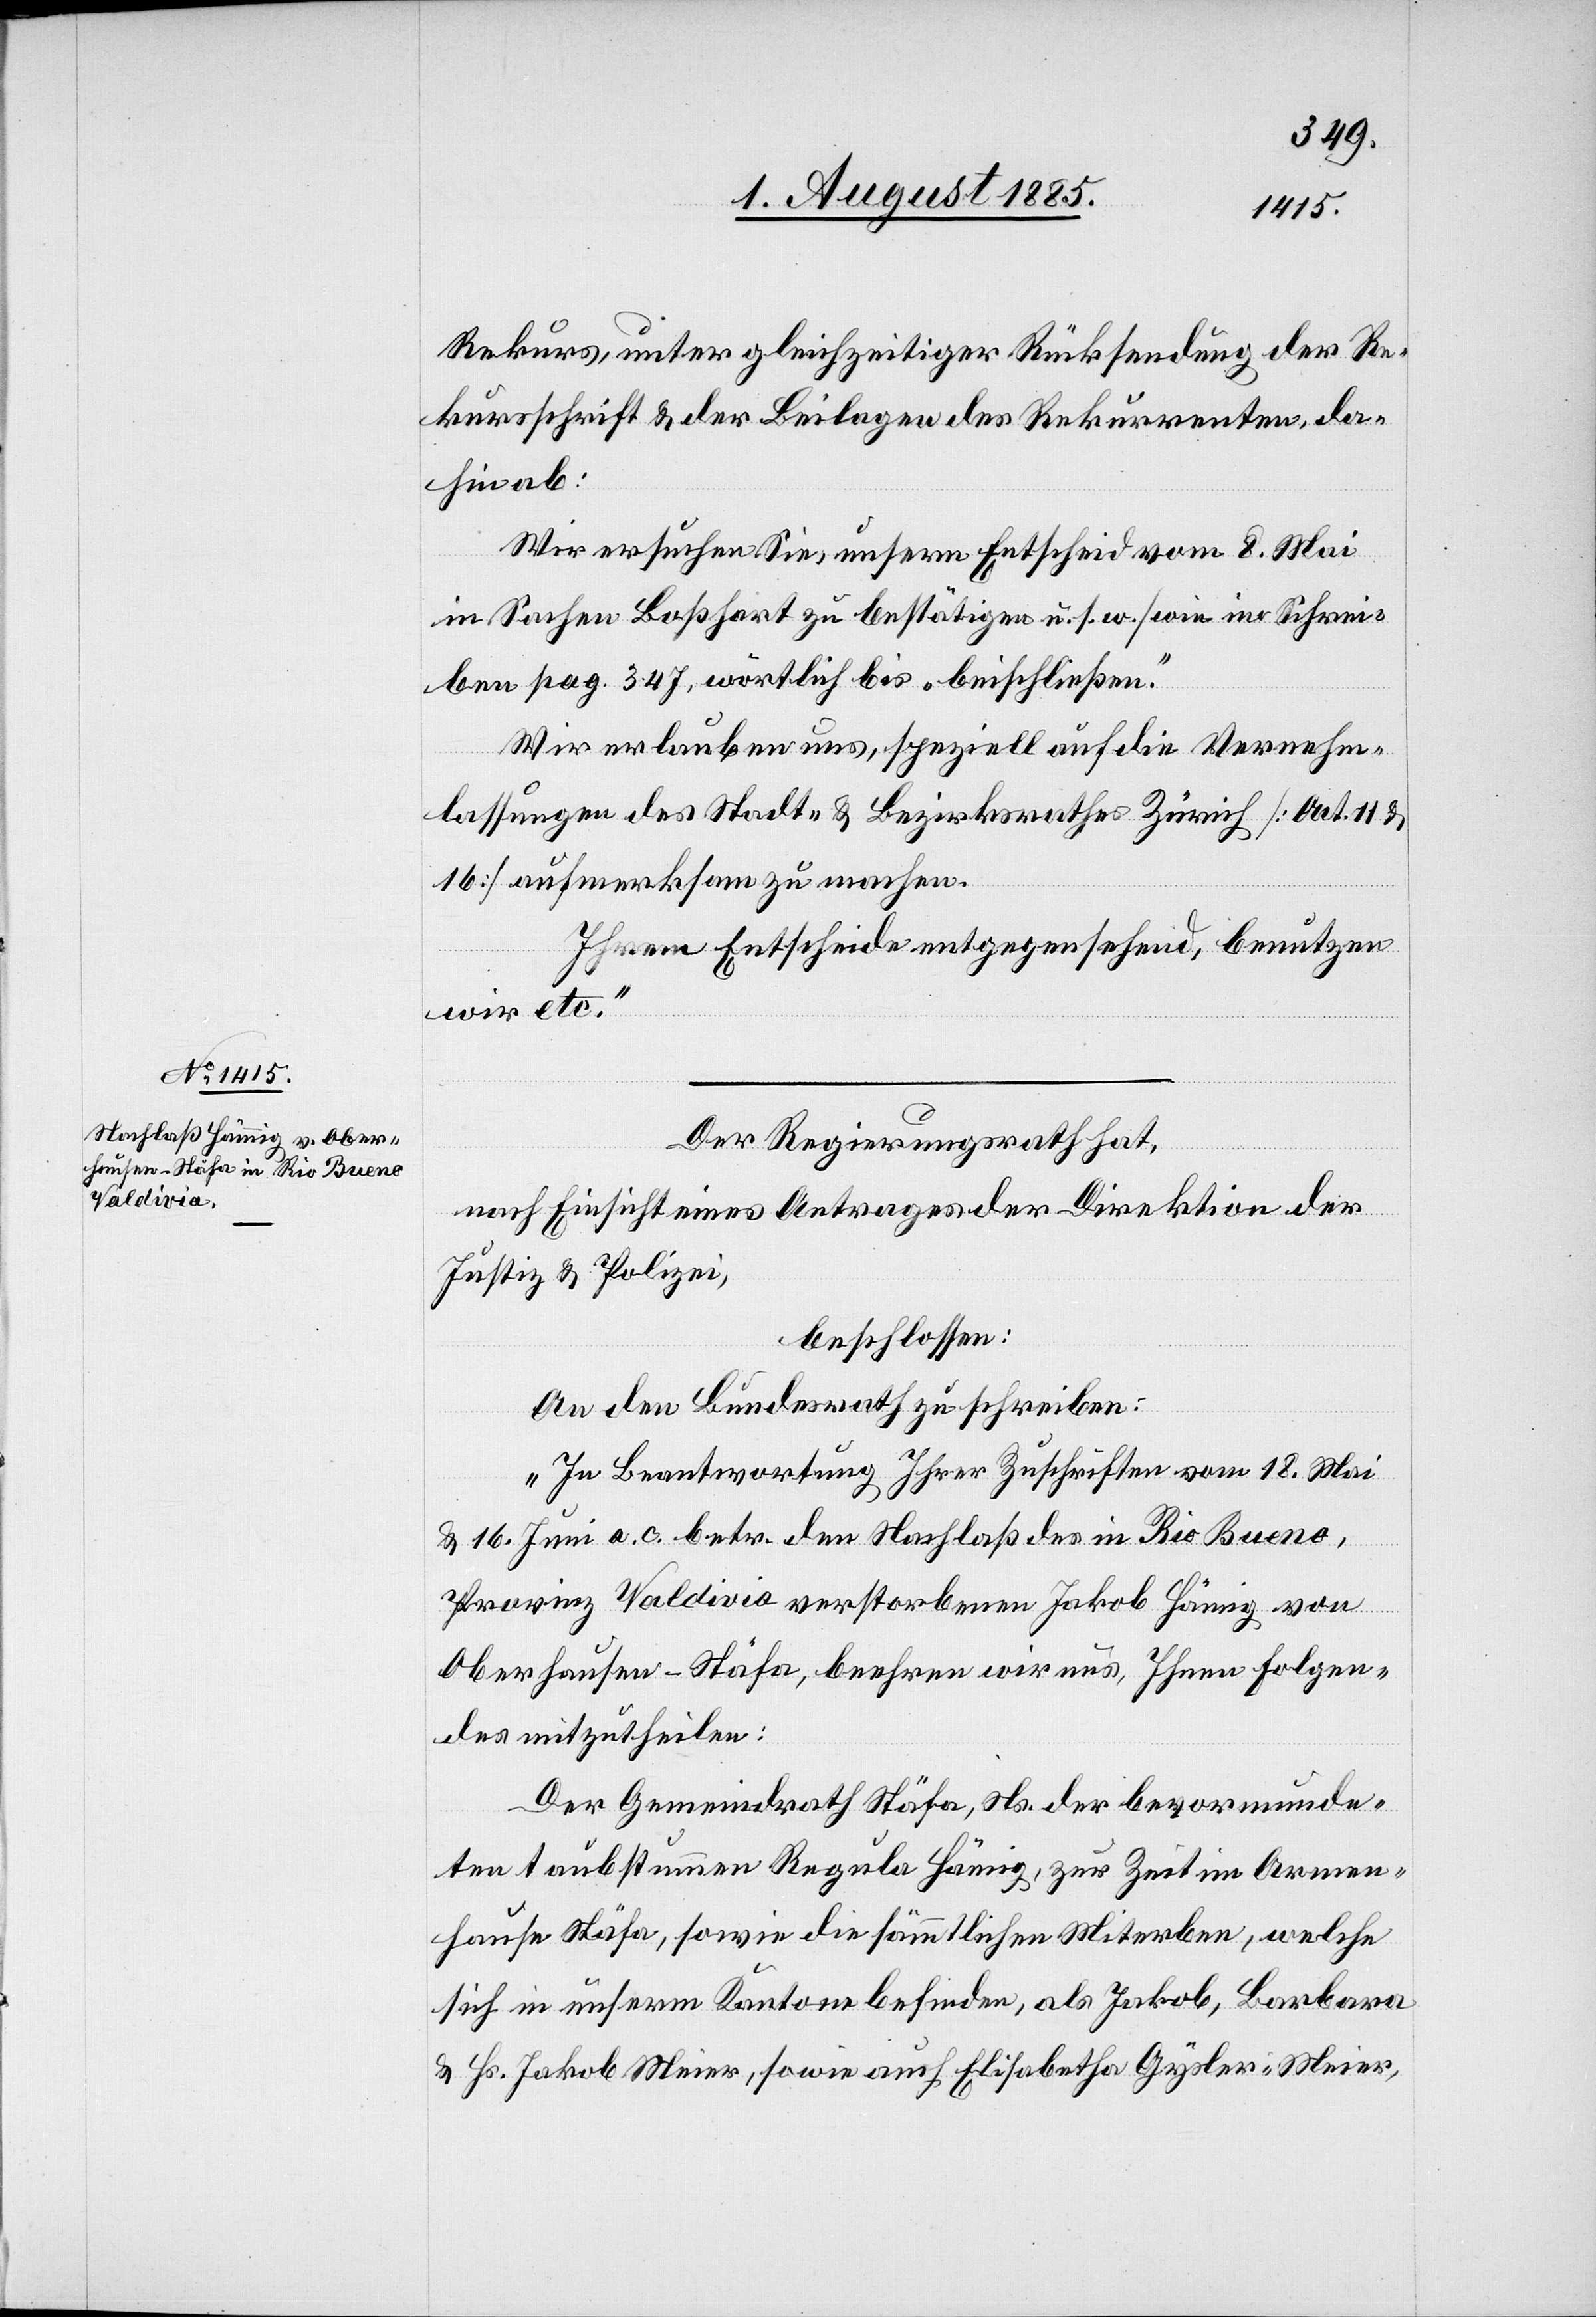
Rekurs unter gleichzeitiger Rücksendung der Re¬
kursschrift & der Beilagen des Rekurrenten, da¬
hin ab:
Wir ersuchen Sie, unsern Entscheid vom 8. Mai
in Sachen Boßhart zu bestätigen u. s. w. / wie im Schrei¬
ben pag. 347, wörtlich bis „beischließen“.
Wir erlauben uns, speziell auf die Vernehm¬
lassungen des Stadt- & Bezirksrathes Zürich [Art. 11 &
16] aufmerksam zu machen.
Ihrem Entscheide entgegensehend benutzen
wir etc.“
Der Regierungsrath hat,
nach Einsicht eines Antrages der Direktion der
Justiz & Polizei,
beschlossen:
An den Bundesrath zu schreiben:
„In Beantwortung Ihrer Zuschriften vom 18. Mai
& 16. Juni a. c. betr. den Nachlaß des in Rio Bueno,
Provinz Valdivia verstorbenen Jakob Hämig
Oberhausen - Stäfa, beehren wir uns, Ihnen Folgen¬
des mitzutheilen:
Der Gemeindrath Stäfa, Ns. der bevormunde¬
ten taubstummen Regula Hämig, zur Zeit im Armen¬
hause Stäfa, sowie die sämmtlichen Miterben, welche
sich in unserm Kantone befinden, als Jakob, Barbara
& Hs. Jakob Meier, sowie auch Elisabetha Gysler-Meier,